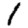
Digit: 1